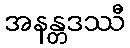
အနန္တဒဿီ